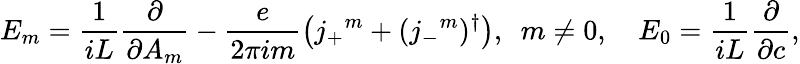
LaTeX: E_{m}=\frac{1}{iL}\frac{\partial}{\partial A_{m}}-\frac{e}{2\pi im}\left(j_{+}{}^{m}+(j_{-}{}^{m})^{\dagger}\right),\ \ m\neq 0,\quad E_{0}=\frac{1}{iL}\frac{\partial}{\partial c},